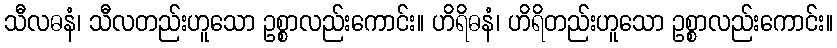
သီလဓနံ၊ သီလတည်းဟူသော ဥစ္စာလည်းကောင်း။ ဟိရိဓနံ၊ ဟိရိတည်းဟူသော ဥစ္စာလည်းကောင်း။